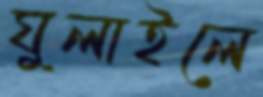
ঘুলাইলে